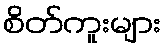
စိတ်ကူးများ